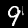
Digit: 9